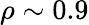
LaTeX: \rho\sim 0.9